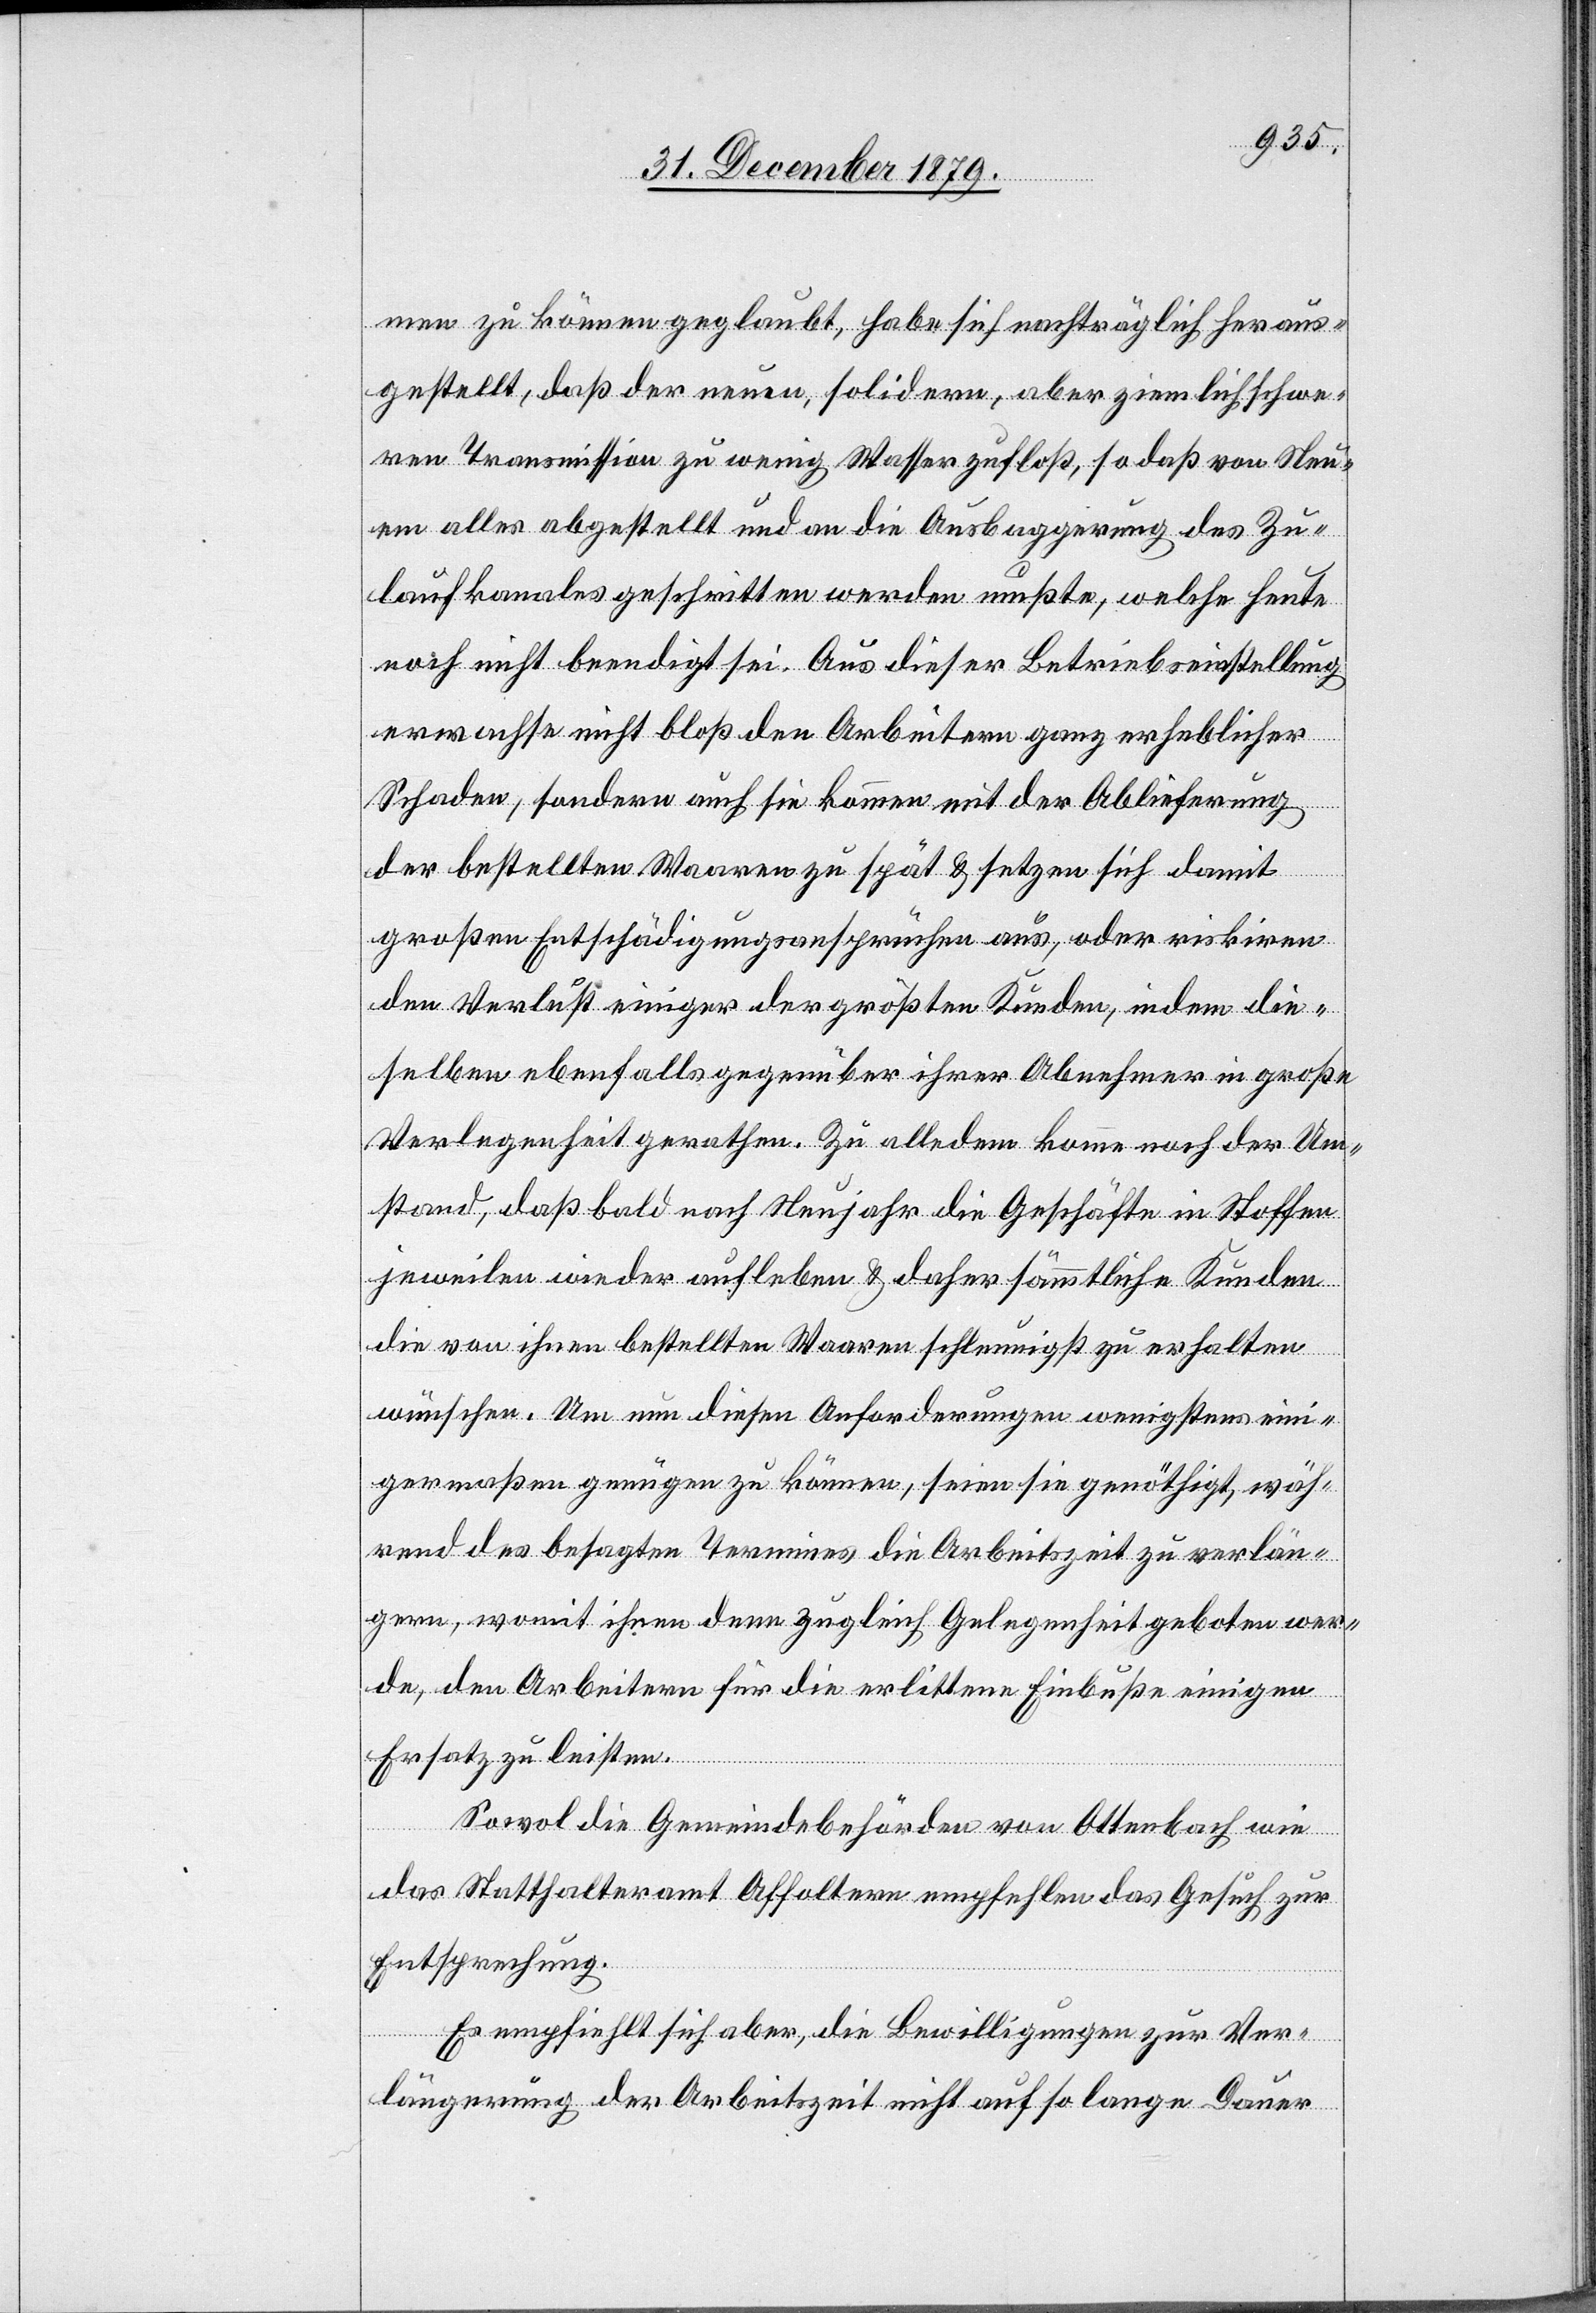
men zu können geglaubt, habe sich nachträglich heraus¬
gestellt, daß der neuen, solidern, aber ziemlich schwe¬
ren Transmission zu wenig Wasser zufloß, so das von Neu¬
em alles abgestellt und an die Ausbaggerung des Zu¬
laufkanales geschritten werden mußte, welche heute
noch nicht beendigt sei. Aus dieser Betriebseinstellung
erwachse nicht bloß den Arbeitern ganz erheblicher
Schaden, sondern auch sie kommen mit der Ablieferung
der bestellten Waaren zu spät & setzen sich damit
großen Entschädigungsansprüchen aus, oder riskiren
den Verlust einiger der größten Kunden, indem die¬
selben ebenfalls gegenüber ihrer Abnehmer in große
Verlegenheit gerathen. Zu alledem komme noch der Um¬
stand, daß bald nach Neujahr die Geschäfte in Stoffen
jeweilen wieder aufleben & daher sämmtliche Kunden
die von ihnen bestellten Waaren schleunigst zu erhalten
wünschen. Um um [sic!] diesen Anforderungen wenigstens eini¬
germaßen genügen zu können, seien sie genöthigt, wäh¬
rend des besagten Termines die Arbeitszeit zu verlän¬
gern, womit ihnen denn zugleich Gelegenheit geboten wer¬
de, den Arbeitern für die erlittene Einbuße einigen
Ersatz zu leisten.
Sowol die Gemeindebehörden von Ottenbach wie
das Statthalteramt Affoltern empfehlen das Gesuch zur
Entsprechung.
Es empfiehlt sich aber, die Bewilligungen zur Ver¬
längerung der Arbeitszeit nicht auf so lange Dauer